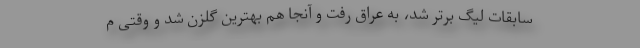
سابقات لیگ برتر شد، به عراق رفت و آنجا هم بهترین گلزن شد و وقتی م